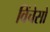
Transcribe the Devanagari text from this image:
विंचेसो